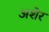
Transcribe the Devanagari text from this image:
अशेर